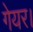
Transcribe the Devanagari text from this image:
गेयर।